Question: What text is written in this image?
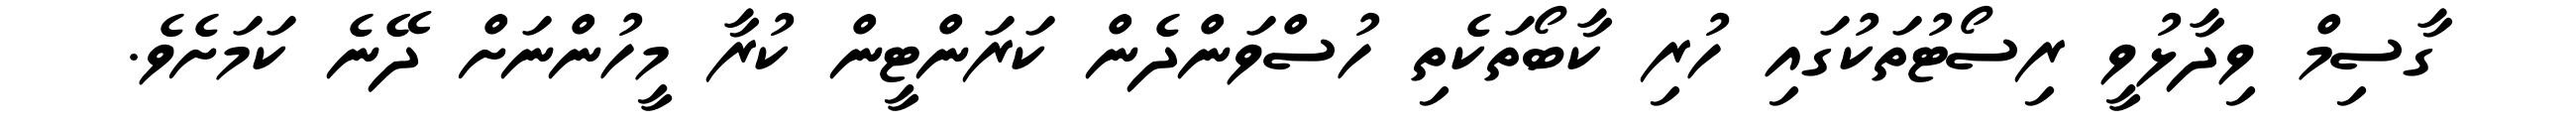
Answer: ގާސިމް ވިދާޅުވީ ރިސޯޓުތަކުގައި ހުރި ކާބޯތަކެތި ހުސްވަންދެން ކަރަންޓީން ކުރާ މީހުންނަށް ދޭނެ ކަމަށެވެ.